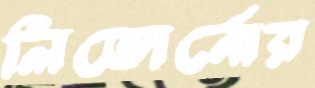
লিভোর্নোর